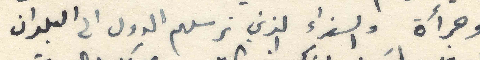
وجرأة والسفراء الذين ترسلهم الدول الى البلدان